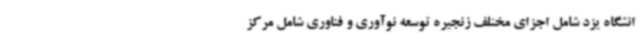
انشگاه یزد شامل اجزای مختلف زنجیره توسعه نوآوری و فناوری شامل مرکز